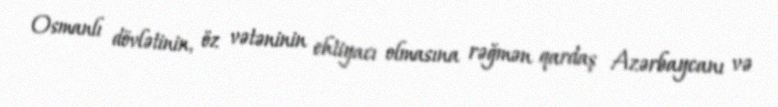
Osmanlı dövlətinin, öz vətəninin ehtiyacı olmasına rəğmən qardaş Azərbaycanı və